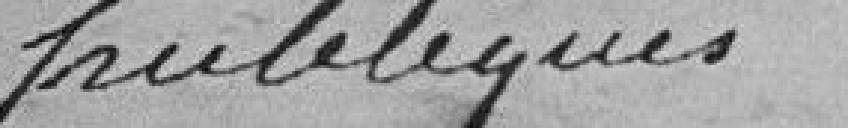
publique